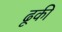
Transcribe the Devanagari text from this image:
ढूकी